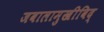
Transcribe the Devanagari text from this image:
जवालामुखीविद्